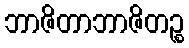
ဘာဇိတာဘာဇိတဉ္စ